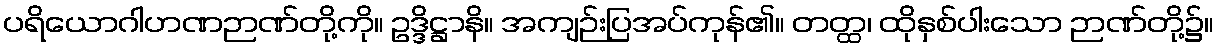
ပရိယောဂါဟဏဉာဏ်တို့ကို။ ဥဒ္ဒိဋ္ဌာနိ။ အကျဉ်းပြအပ်ကုန်၏။ တတ္ထ၊ ထိုနှစ်ပါးသော ဉာဏ်တို့၌။